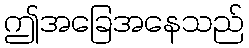
ဤအခြေအနေသည်